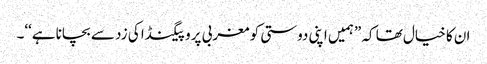
ان کا خیال تھا کہ ”ہمیں اپنی دوستی کو مغربی پروپیگنڈا کی زد سے بچانا ہے‘‘۔